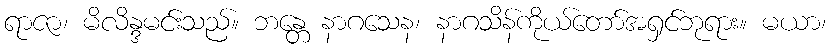
ရာဇာ၊ မိလိန္ဒမင်းသည်။ ဘန္တေ နာဂသေန၊ နာဂသိန်ကိုယ်တော်အရှင်ဘုရား။ မယာ၊